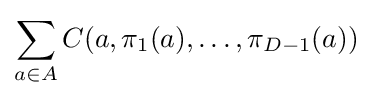
\sum _{a\in A}C(a,\pi _{1}(a),\ldots ,\pi _{D-1}(a))